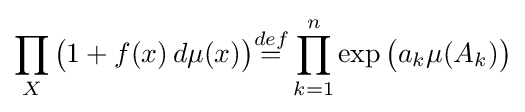
\prod _{X}{\big (}1+f(x)\,d\mu (x){\big )}{\overset {def}{=}}\prod _{k=1}^{n}\exp {\big (}a_{k}\mu (A_{k}){\big )}